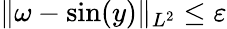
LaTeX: \Vert\omega-\sin(y)\Vert_{L^{2}}\leq\varepsilon